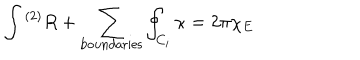
LaTeX: \int { } ^ { ( 2 ) } R + \sum _ { \mathrm { b o u n d a r i e s } } \oint _ { C _ { i } } \kappa = 2 \pi \chi _ { E }